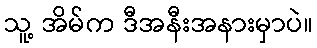
သူ့ အိမ်က ဒီအနီးအနားမှာပဲ။